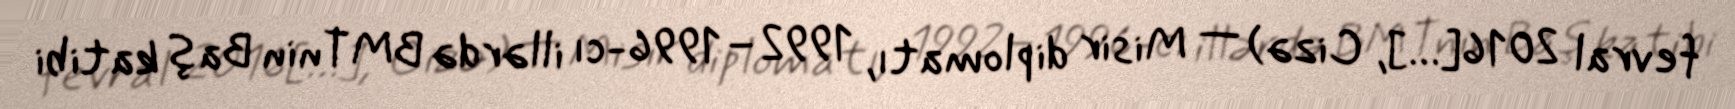
fevral 2016[…], Cizə) — Misir diplomatı, 1992–1996-cı illərdə BMTnin Baş katibi